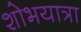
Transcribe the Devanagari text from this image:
शोभयात्रा